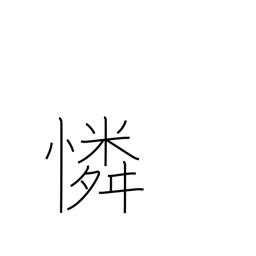
Meaning: compassion